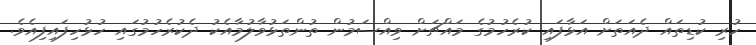
ހުރި ކުޑިތައް ދެއަތަށް އަޅާފައި ކުރެހުމުގެ މައްޗަށް ވިއްސަމުން ތުންތަޅުވާލުމާއެކު ދެކުރެހުމުގައި ހުޅުހިފައިފިއެވެ.